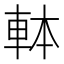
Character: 𰹍